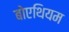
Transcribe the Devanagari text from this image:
बोएथियम